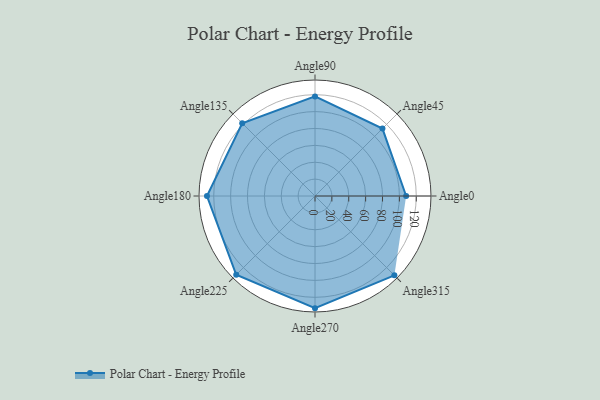
{"axis": {"x": "Angle", "y": "Radius"}, "legend": [""], "data": [{"x": "Angle0", "y": 108.0, "type": ""}, {"x": "Angle45", "y": 113.0, "type": ""}, {"x": "Angle90", "y": 118.0, "type": ""}, {"x": "Angle135", "y": 122.0, "type": ""}, {"x": "Angle180", "y": 128.0, "type": ""}, {"x": "Angle225", "y": 132.0, "type": ""}, {"x": "Angle270", "y": 133.0, "type": ""}, {"x": "Angle315", "y": 133.0, "type": ""}]}